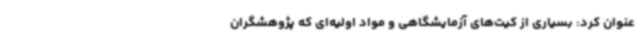
عنوان کرد: بسیاری از کیت‌های آزمایشگاهی و مواد اولیه‌ای که پژوهشگران